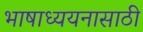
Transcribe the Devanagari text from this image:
भाषाध्ययनासाठी